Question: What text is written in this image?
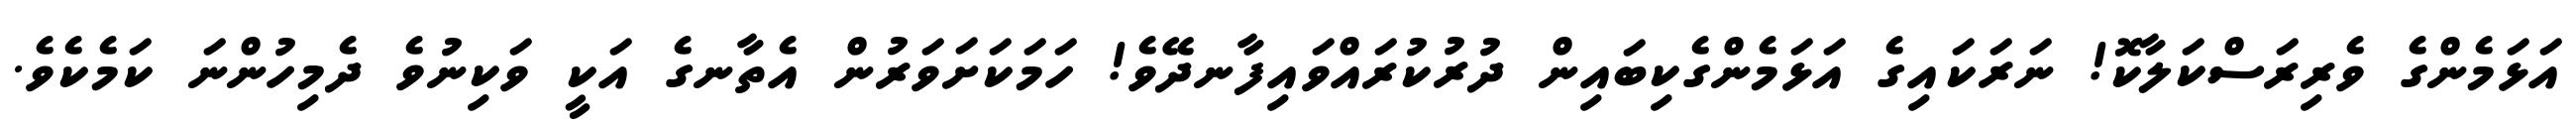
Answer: އަޅަމެންގެ ވެރިރަސްކަލާކޮ! ނަރަކައިގެ އަޅަމެންގެކިބައިން ދުރުކުރައްވައިފާނދޭވެ! ހަމަކަށަވަރުން އެތާނގެ އަކީ ވަކިނުވެ ދެމިހުންނަ ކަމެކެވެ.